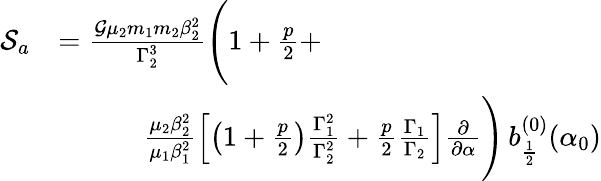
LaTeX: \begin{array}{rl}{\mathcal{S}_{a}}&{=\frac{\mathcal{G}\mu_{2}m_{1}m_{2}\beta_{2}^{2}}{\Gamma_{2}^{3}}\Bigg(1+\frac{p}{2}+}\\ &{\quad\quad\quad\frac{\mu_{2}\beta_{2}^{2}}{\mu_{1}\beta_{1}^{2}}\left[\left(1+\frac{p}{2}\right)\frac{\Gamma_{1}^{2}}{\Gamma_{2}^{2}}+\frac{p}{2}\frac{\Gamma_{1}}{\Gamma_{2}}\right]\frac{\partial}{\partial\alpha}\Bigg)\, b_{\frac{1}{2}}^{(0)}(\alpha_{0})}\end{array}